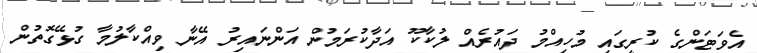
އެވަޓަންގެ ކުރީގައި މުހިއްމު ދައުރެއް ލުކާކޫ އަދާކުރަމުން އަންނައިރު އޭނާ ވިއްކާލުމާ ގުޅޭގޮތުން